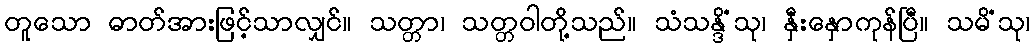
တူသော ဓာတ်အားဖြင့်သာလျှင်။ သတ္တာ၊ သတ္တဝါတို့သည်။ သံသန္ဒိံသု၊ နှီးနှောကုန်ပြီ။ သမိံသု၊